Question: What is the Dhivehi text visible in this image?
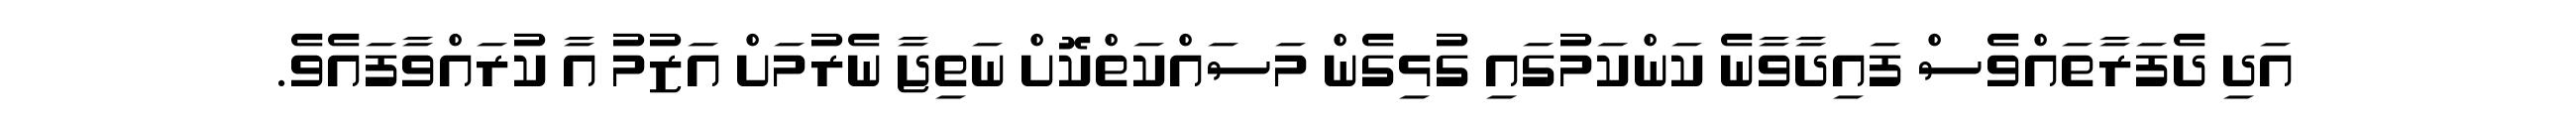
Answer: އަދި ދެފަރާތައްވެސް ފައިދާވާނެ ކަންކަމުގައި ގުޅިގެން މަސައްކަތްކޮށް ނަތިޖާ ނެރުމަށް އަޒުމު އާ ކުރައްވާފައެވެ.